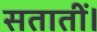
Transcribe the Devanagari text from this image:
सतातीं।